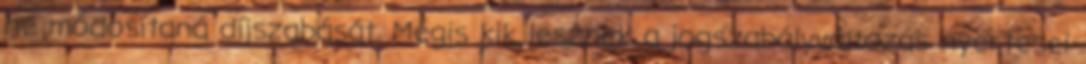
ne módosítaná díjszabását. Mégis kik lesznek a jogszabályváltozás nyertesei